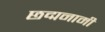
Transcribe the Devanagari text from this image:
छद्मनामी